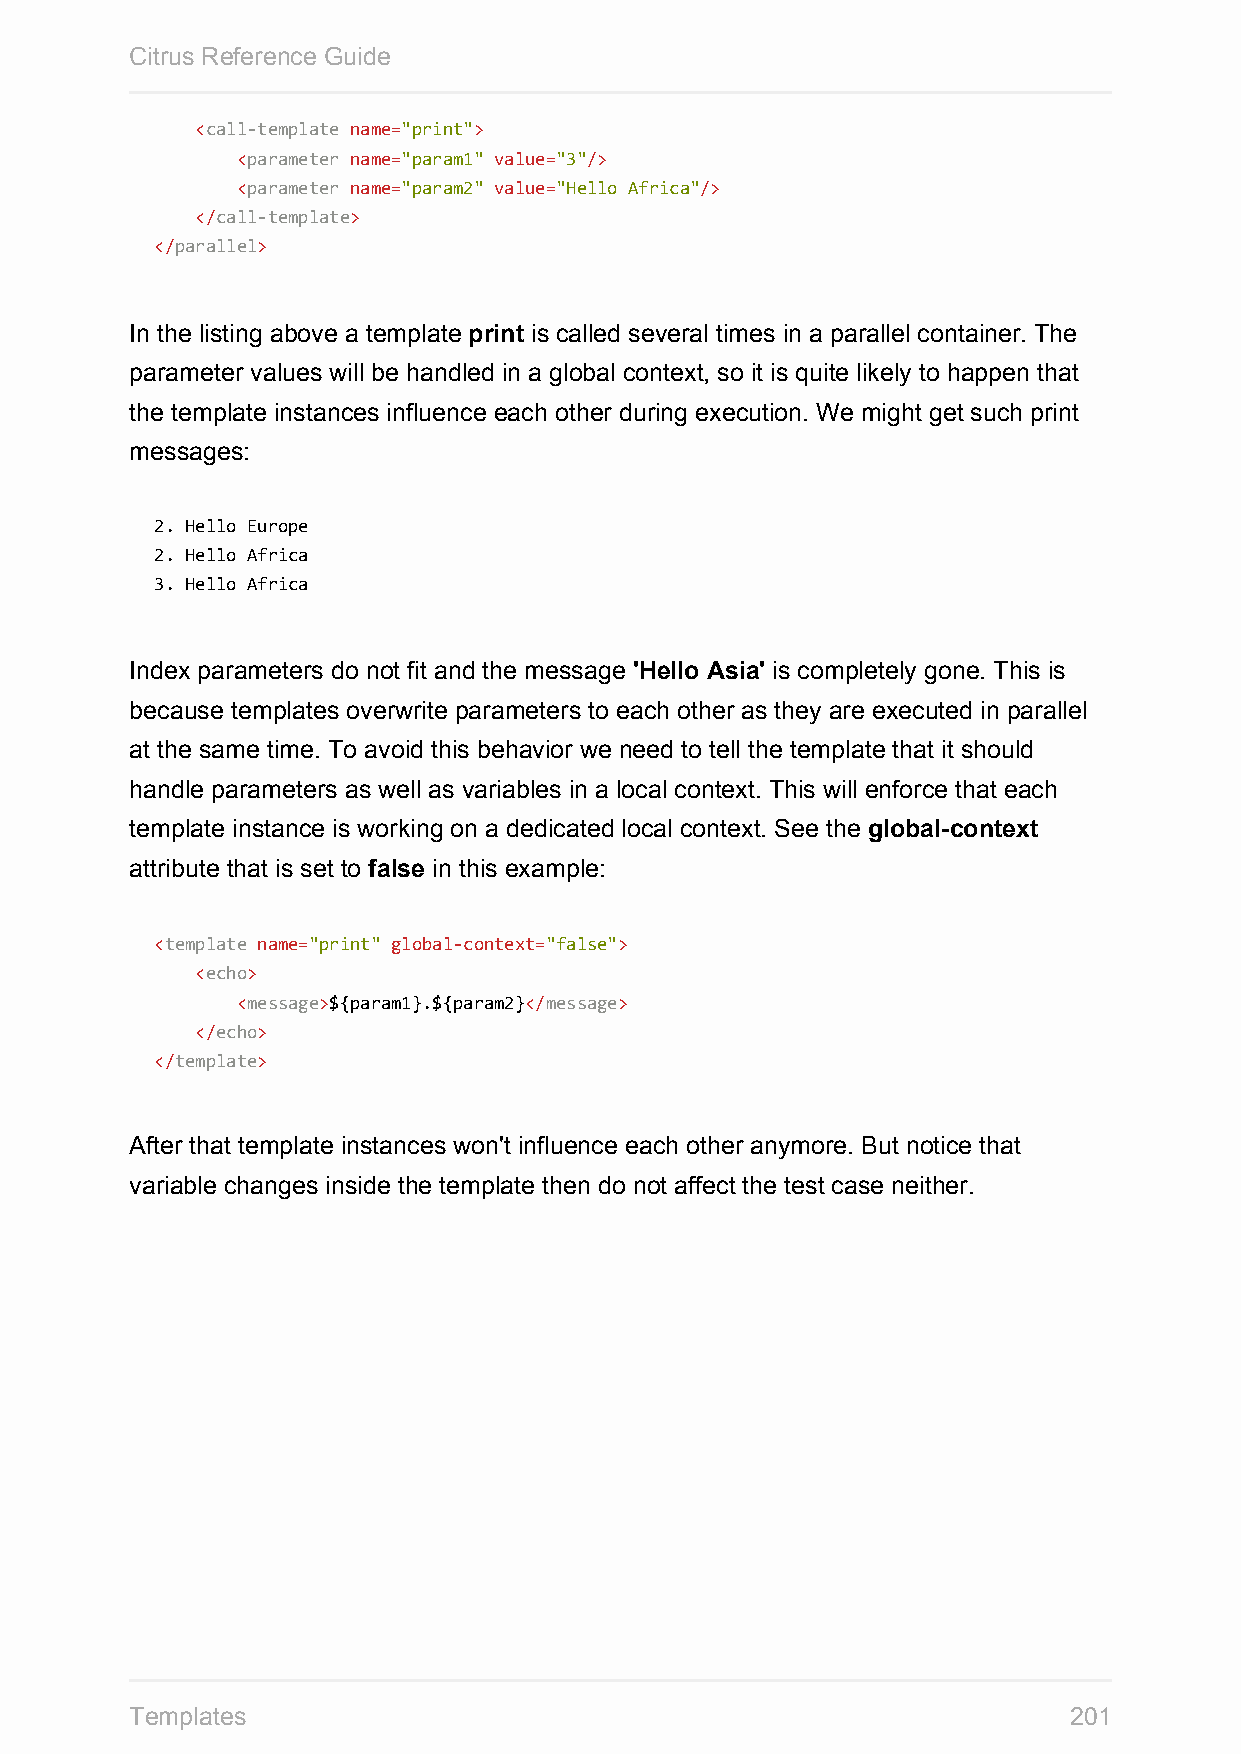
Citrus Reference Guide
 <call-template name="print">
 <parameter name="param1" value="3"/>
 <parameter name="param2" value="Hello Africa"/>
 </call-template>
 </parallel>
 In the listing above a template print is called several times in a parallel container. The
 parameter values will be handled in a global context, so it is quite likely to happen that
 the template instances influence each other during execution. We might get such print
 messages:
 2. Hello Europe
 2. Hello Africa
 3. Hello Africa
 Index parameters do not fit and the message 'Hello Asia' is completely gone. This is
 because templates overwrite parameters to each other as they are executed in parallel
 at the same time. To avoid this behavior we need to tell the template that it should
 handle parameters as well as variables in a local context. This will enforce that each
 template instance is working on a dedicated local context. See the global-context
 attribute that is set to false in this example:
 <template name="print" global-context="false">
 <echo>
 <message>${param1}.${param2}</message>
 </echo>
 </template>
 After that template instances won't influence each other anymore. But notice that
 variable changes inside the template then do not affect the test case neither.
 Templates                                                     201